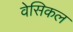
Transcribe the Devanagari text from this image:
वेसिकल